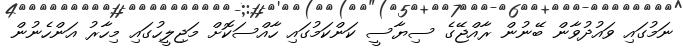
ނަމުގައި ވައުދުވާން ބޭނުން ރާއްޖޭގެ ސިޔާސީ ކަންކަމުގައި ހާއްސަކޮށް މަޖިލީހުގައި މިހާރު އަންހެނުން